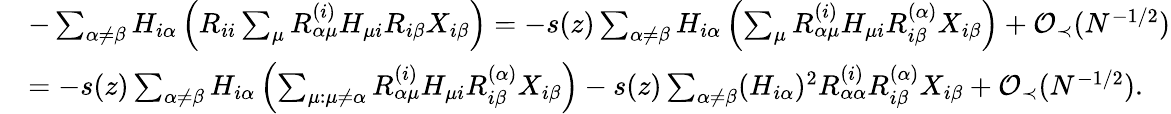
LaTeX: \begin{array}{rl}&{-\sum_{\alpha\neq\beta}H_{i\alpha}\left(R_{ii}\sum_{\mu}R_{\alpha\mu}^{(i)}H_{\mu i}R_{i\beta}X_{i\beta}\right)=-s(z)\sum_{\alpha\neq\beta}H_{i\alpha}\left(\sum_{\mu}R_{\alpha\mu}^{(i)}H_{\mu i}R_{i\beta}^{(\alpha)}X_{i\beta}\right)+{\mathcal O}_{\prec}(N^{-1/2})}\\ &{=-s(z)\sum_{\alpha\neq\beta}H_{i\alpha}\left(\sum_{\mu:\mu\neq\alpha}R_{\alpha\mu}^{(i)}H_{\mu i}R_{i\beta}^{(\alpha)}X_{i\beta}\right)-s(z)\sum_{\alpha\neq\beta}(H_{i\alpha})^{2}R_{\alpha\alpha}^{(i)}R_{i\beta}^{(\alpha)}X_{i\beta}+{\mathcal O}_{\prec}(N^{-1/2}).}\end{array}